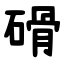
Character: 磆